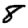
Digit: 8